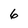
Character: 6